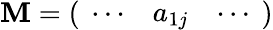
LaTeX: \mathbf{M}={\left(\begin{array}{lll}{\ \cdots}&{a_{1j}}&{\cdots\ }\end{array}\right)}